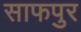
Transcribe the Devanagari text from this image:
साफपुर